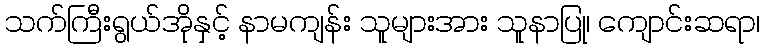
သက်ကြီးရွယ်အိုနှင့် နာမကျန်း သူများအား သူနာပြု၊ ကျောင်းဆရာ၊